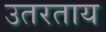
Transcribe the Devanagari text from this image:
उतरताय